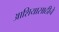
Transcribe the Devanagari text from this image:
आशियासाठीचे